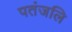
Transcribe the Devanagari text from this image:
पतंजलि